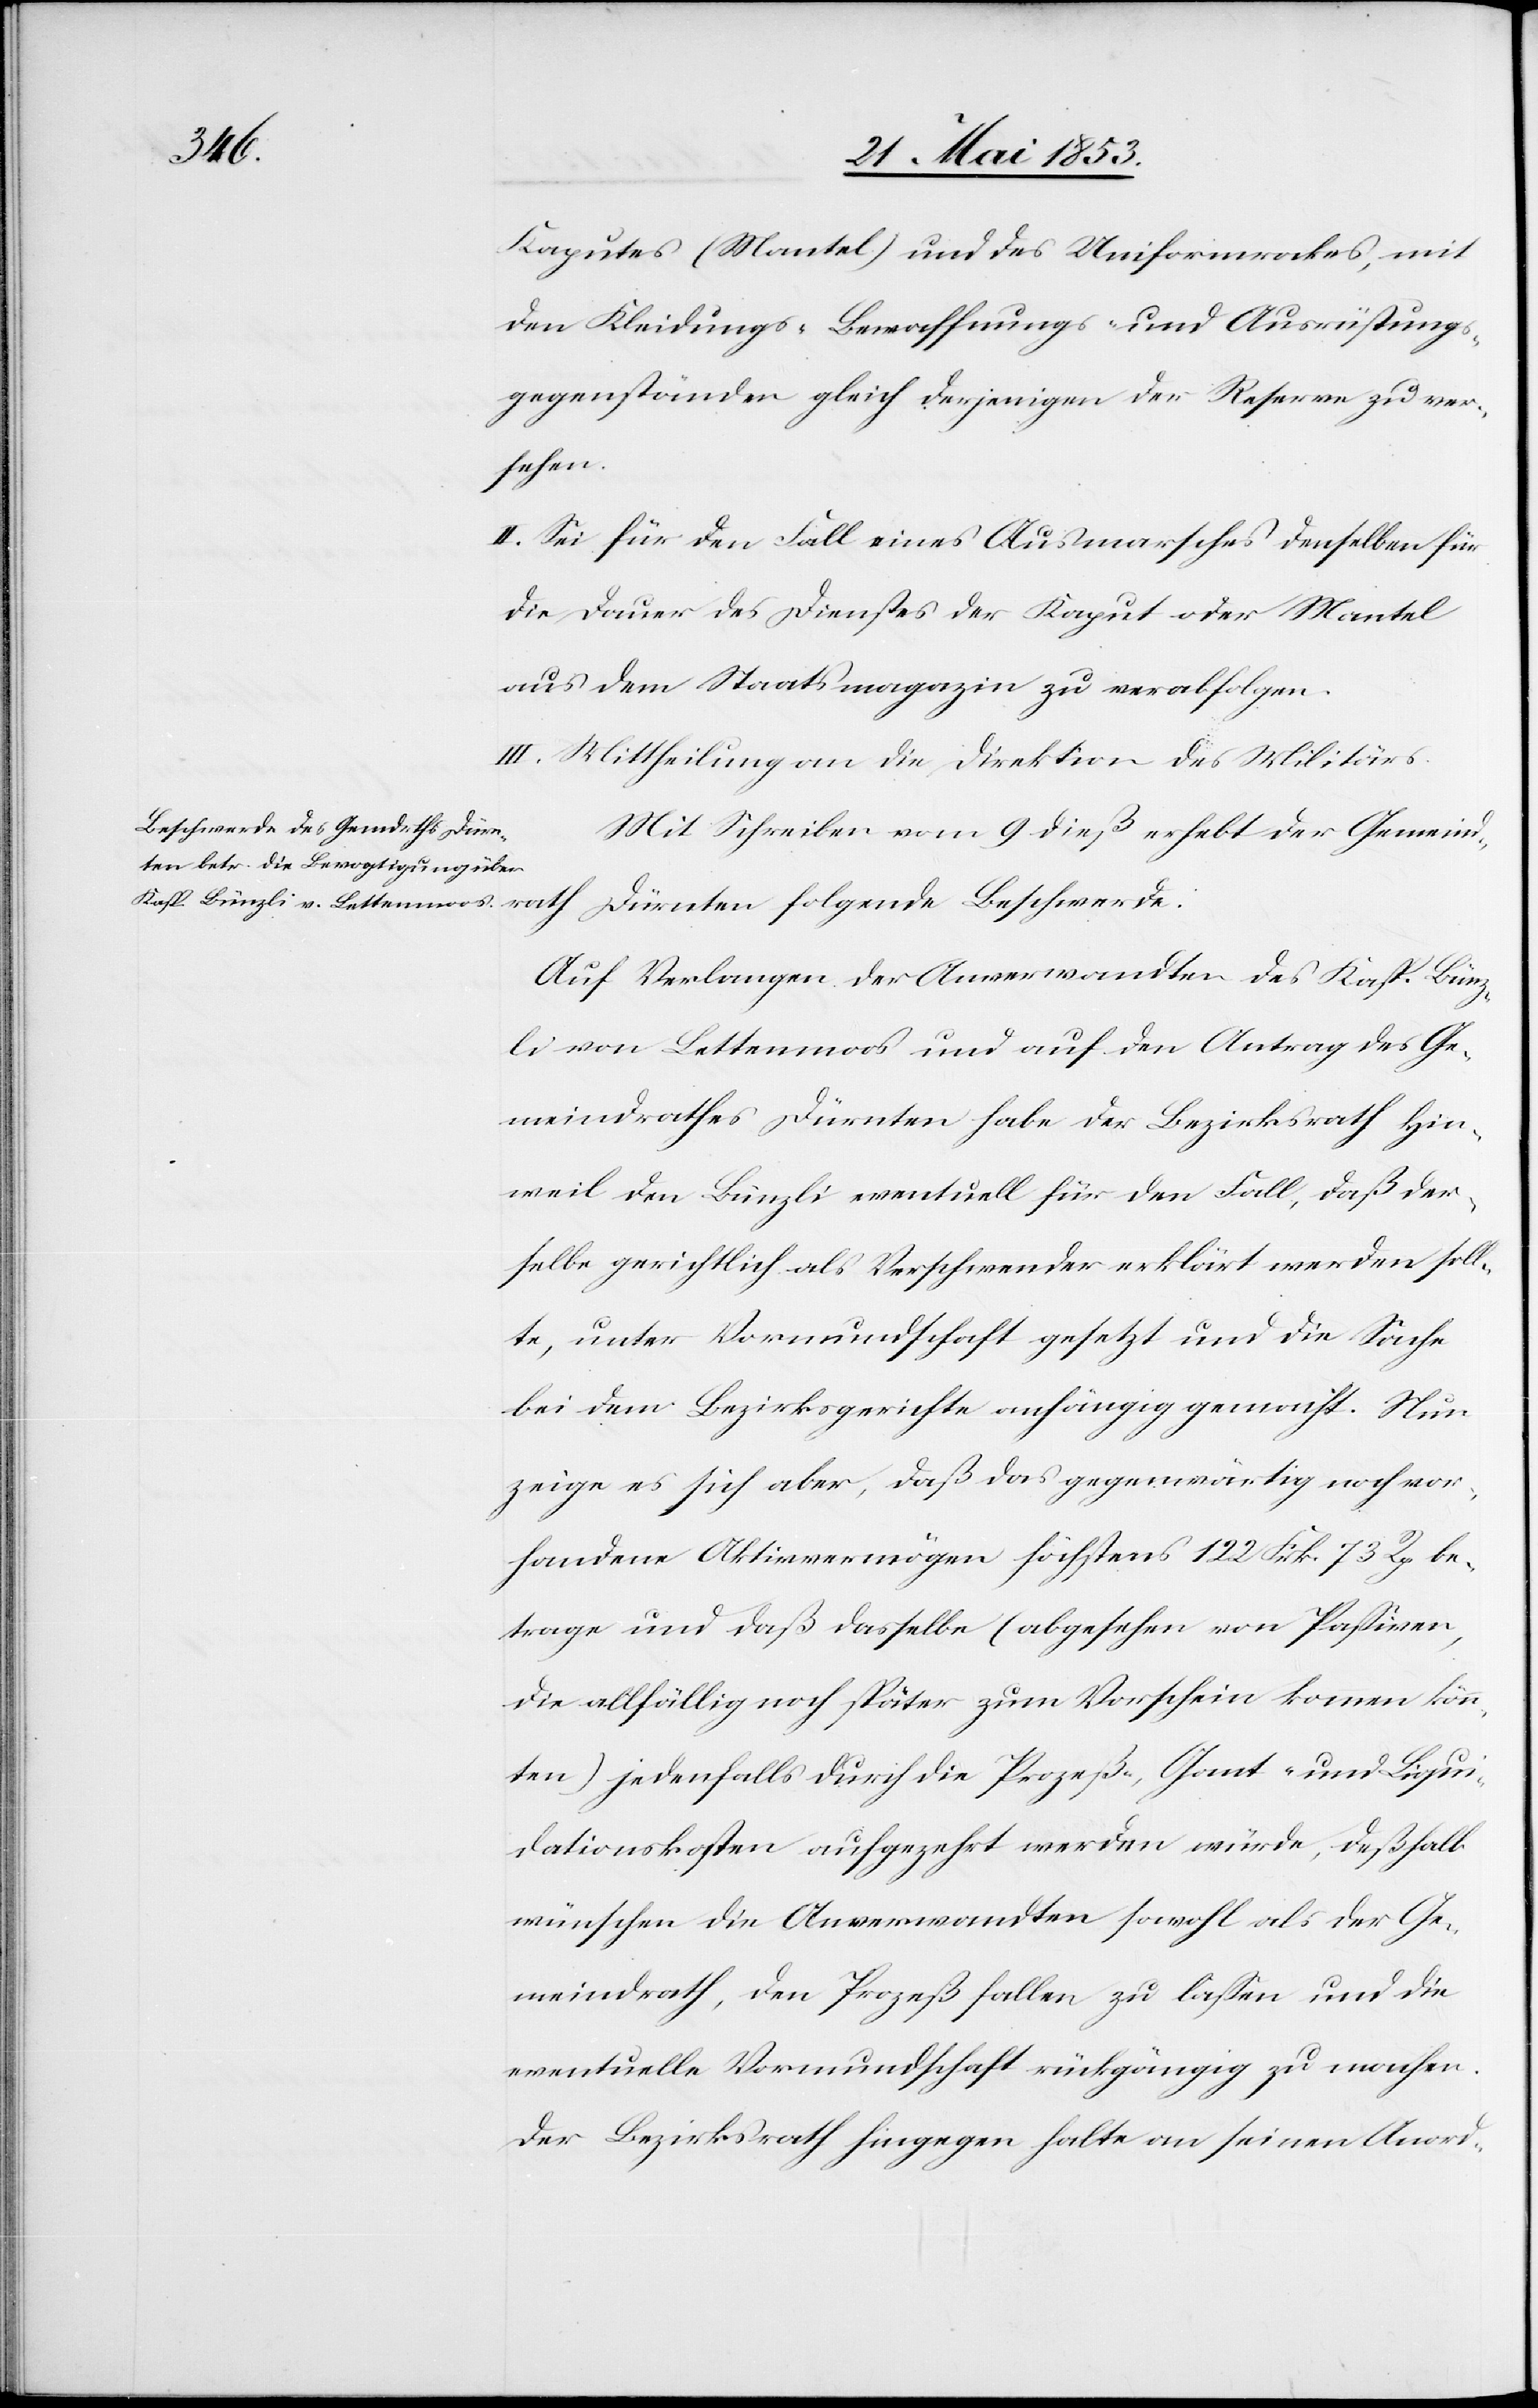
ath
Kaputes (Mantel) und des Uniformrockes, mit
den Kleidungs-Bewaffnungs- und Ausrüstungs¬
gegenständen gleich derjenigen der Reserve zu ver¬
sehen.
II. Sei für den Fall eines Ausmarsches denselben für
die Dauer des Dienstes der Kaput oder Mantel
aus dem Staatsmagazine zu verabfolgen.
III. Mittheilung an die Direktion des Militärs.
Mit Schreiben vom 9 dieß erhebt der Gemeindr¬
Auf Verlangen der Anverwandten des Kasp. Bünz¬
li von Lettenmoos und auf den Antrag des Ge¬
meindrathes Dürnten habe der Bezirksrath Hin¬
weil den Bünzli eventuell für den Fall, daß der¬
selbe gerichtlich als Verschwender erklärt werden soll¬
te, unter Vormundschaft gesetzt und die Sache
bei dem Bezirksgerichte anhängig gemacht. Nun
zeige es sich aber, daß das gegenwärtig noch vor¬
handene Aktivvermögen höchstens 122 Frk. 73 Rp. be¬
trage und daß derselbe (abgesehen von Paßiven,
die allfällig noch später zum Vorschein kommen kön¬
nen) jedenfalls durch die Prozeße, Gant- und Liqui¬
dationskosten aufgezehrt werden würde, deßhalb
wünschen die Anverwandten sowohl als der Ge¬
meindrath, den Prozeß fallen zu laßen und die
eventuelle Vormundschaft rückgängig zu machen.
Der Bezirksrath hingegen halte an seinen Anord-